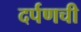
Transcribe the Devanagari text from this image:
दर्पणची